Report on the cultivation and use of ganja
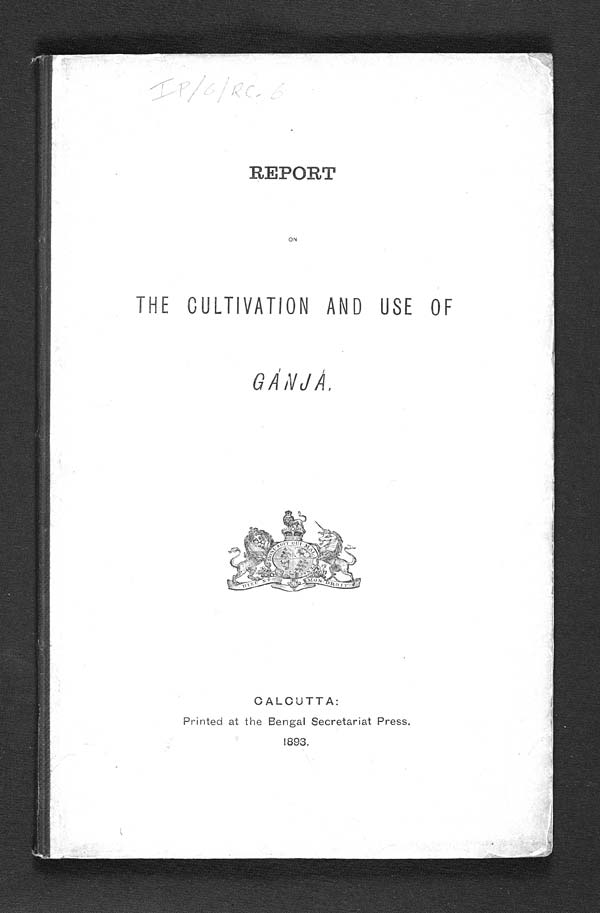
IP/6/RC.6
REPORT
ON
THE CULTIVATION AND USE OF
GÁNJÁ.
CALCUTTA:
Printed at the Bengal Secretariat Press.
1893.